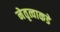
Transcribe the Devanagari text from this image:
नेतृत्वाकडे